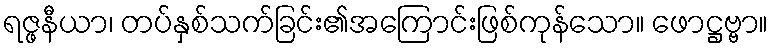
ရဇ္ဖနီယာ၊ တပ်နှစ်သက်ခြင်း၏အကြောင်းဖြစ်ကုန်သော။ ဖောဋ္ဌဗ္ဗာ။